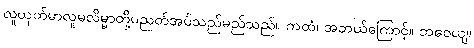
လူယုတ်မာလူမလိမ္မာတို့ပညတ်အပ်သည်မည်သည်။ ကထံ၊ အဘယ်ကြောင့်။ ဘဝေယျ၊